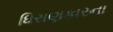
ધિરાણકારના